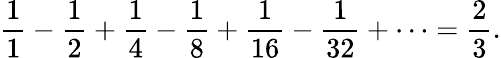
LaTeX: {\frac{1}{1}}-{\frac{1}{2}}+{\frac{1}{4}}-{\frac{1}{8}}+{\frac{1}{16}}-{\frac{1}{32}}+\cdots={\frac{2}{3}}.